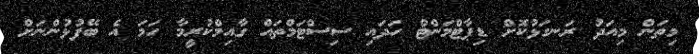
މިތަން މިއަދު ރަނގަޅުކޮށް ޑިޕާޓްމަންޓް ހަދައި ސިސްޓަމްތައް ގާއިމްކުރީމާ ހަމަ އެ ބޭފުޅުންނަށް